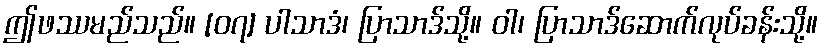
ဤဖဿမည်သည်။ [၀၇] ပါသာဒံ၊ ပြာသာဒ်သို့။ ဝါ၊ ပြာသာဒ်ဆောက်လုပ်ခန်းသို့။